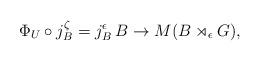
LaTeX: \begin{align*}\Phi_U\circ j_B^\zeta=j_B^\epsilon\:B\to M(B\rtimes_\epsilon G),\end{align*}